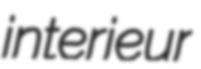
interieur